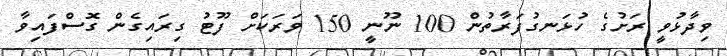
ވިދާޅުވީ ރަށުގެ ހުޅަނގުފަރާތުން 100 ނޫނީ 150 ވަރަކަށް ފޫޓު ގިރައިގެން ގޮސްފައިވާ